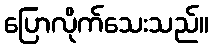
ပြောလိုက်သေးသည်။